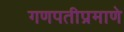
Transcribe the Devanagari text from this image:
गणपतीप्रमाणे